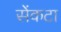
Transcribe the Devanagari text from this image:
सेंकटा